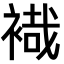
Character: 𧛷